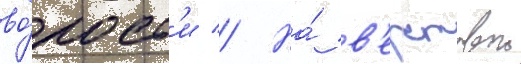
во́лост'и // На́ в'ерстовои